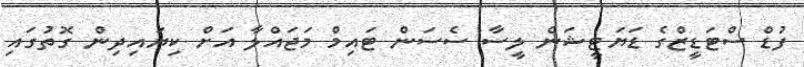
ފުޑް ސްޓަޑީޒްގެ ޑަޔަޓީޝަން ލީސާ ސެސަން ޓައިމް މަޖައްލާ އަށް ކިޔައިދިން ގޮތުގައި